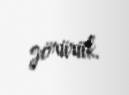
görürük.